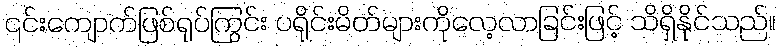
၎င်းကျောက်ဖြစ်ရုပ်ကြွင်း ပရိုင်းမိတ်များကိုလေ့လာခြင်းဖြင့် သိရှိနိုင်သည်။